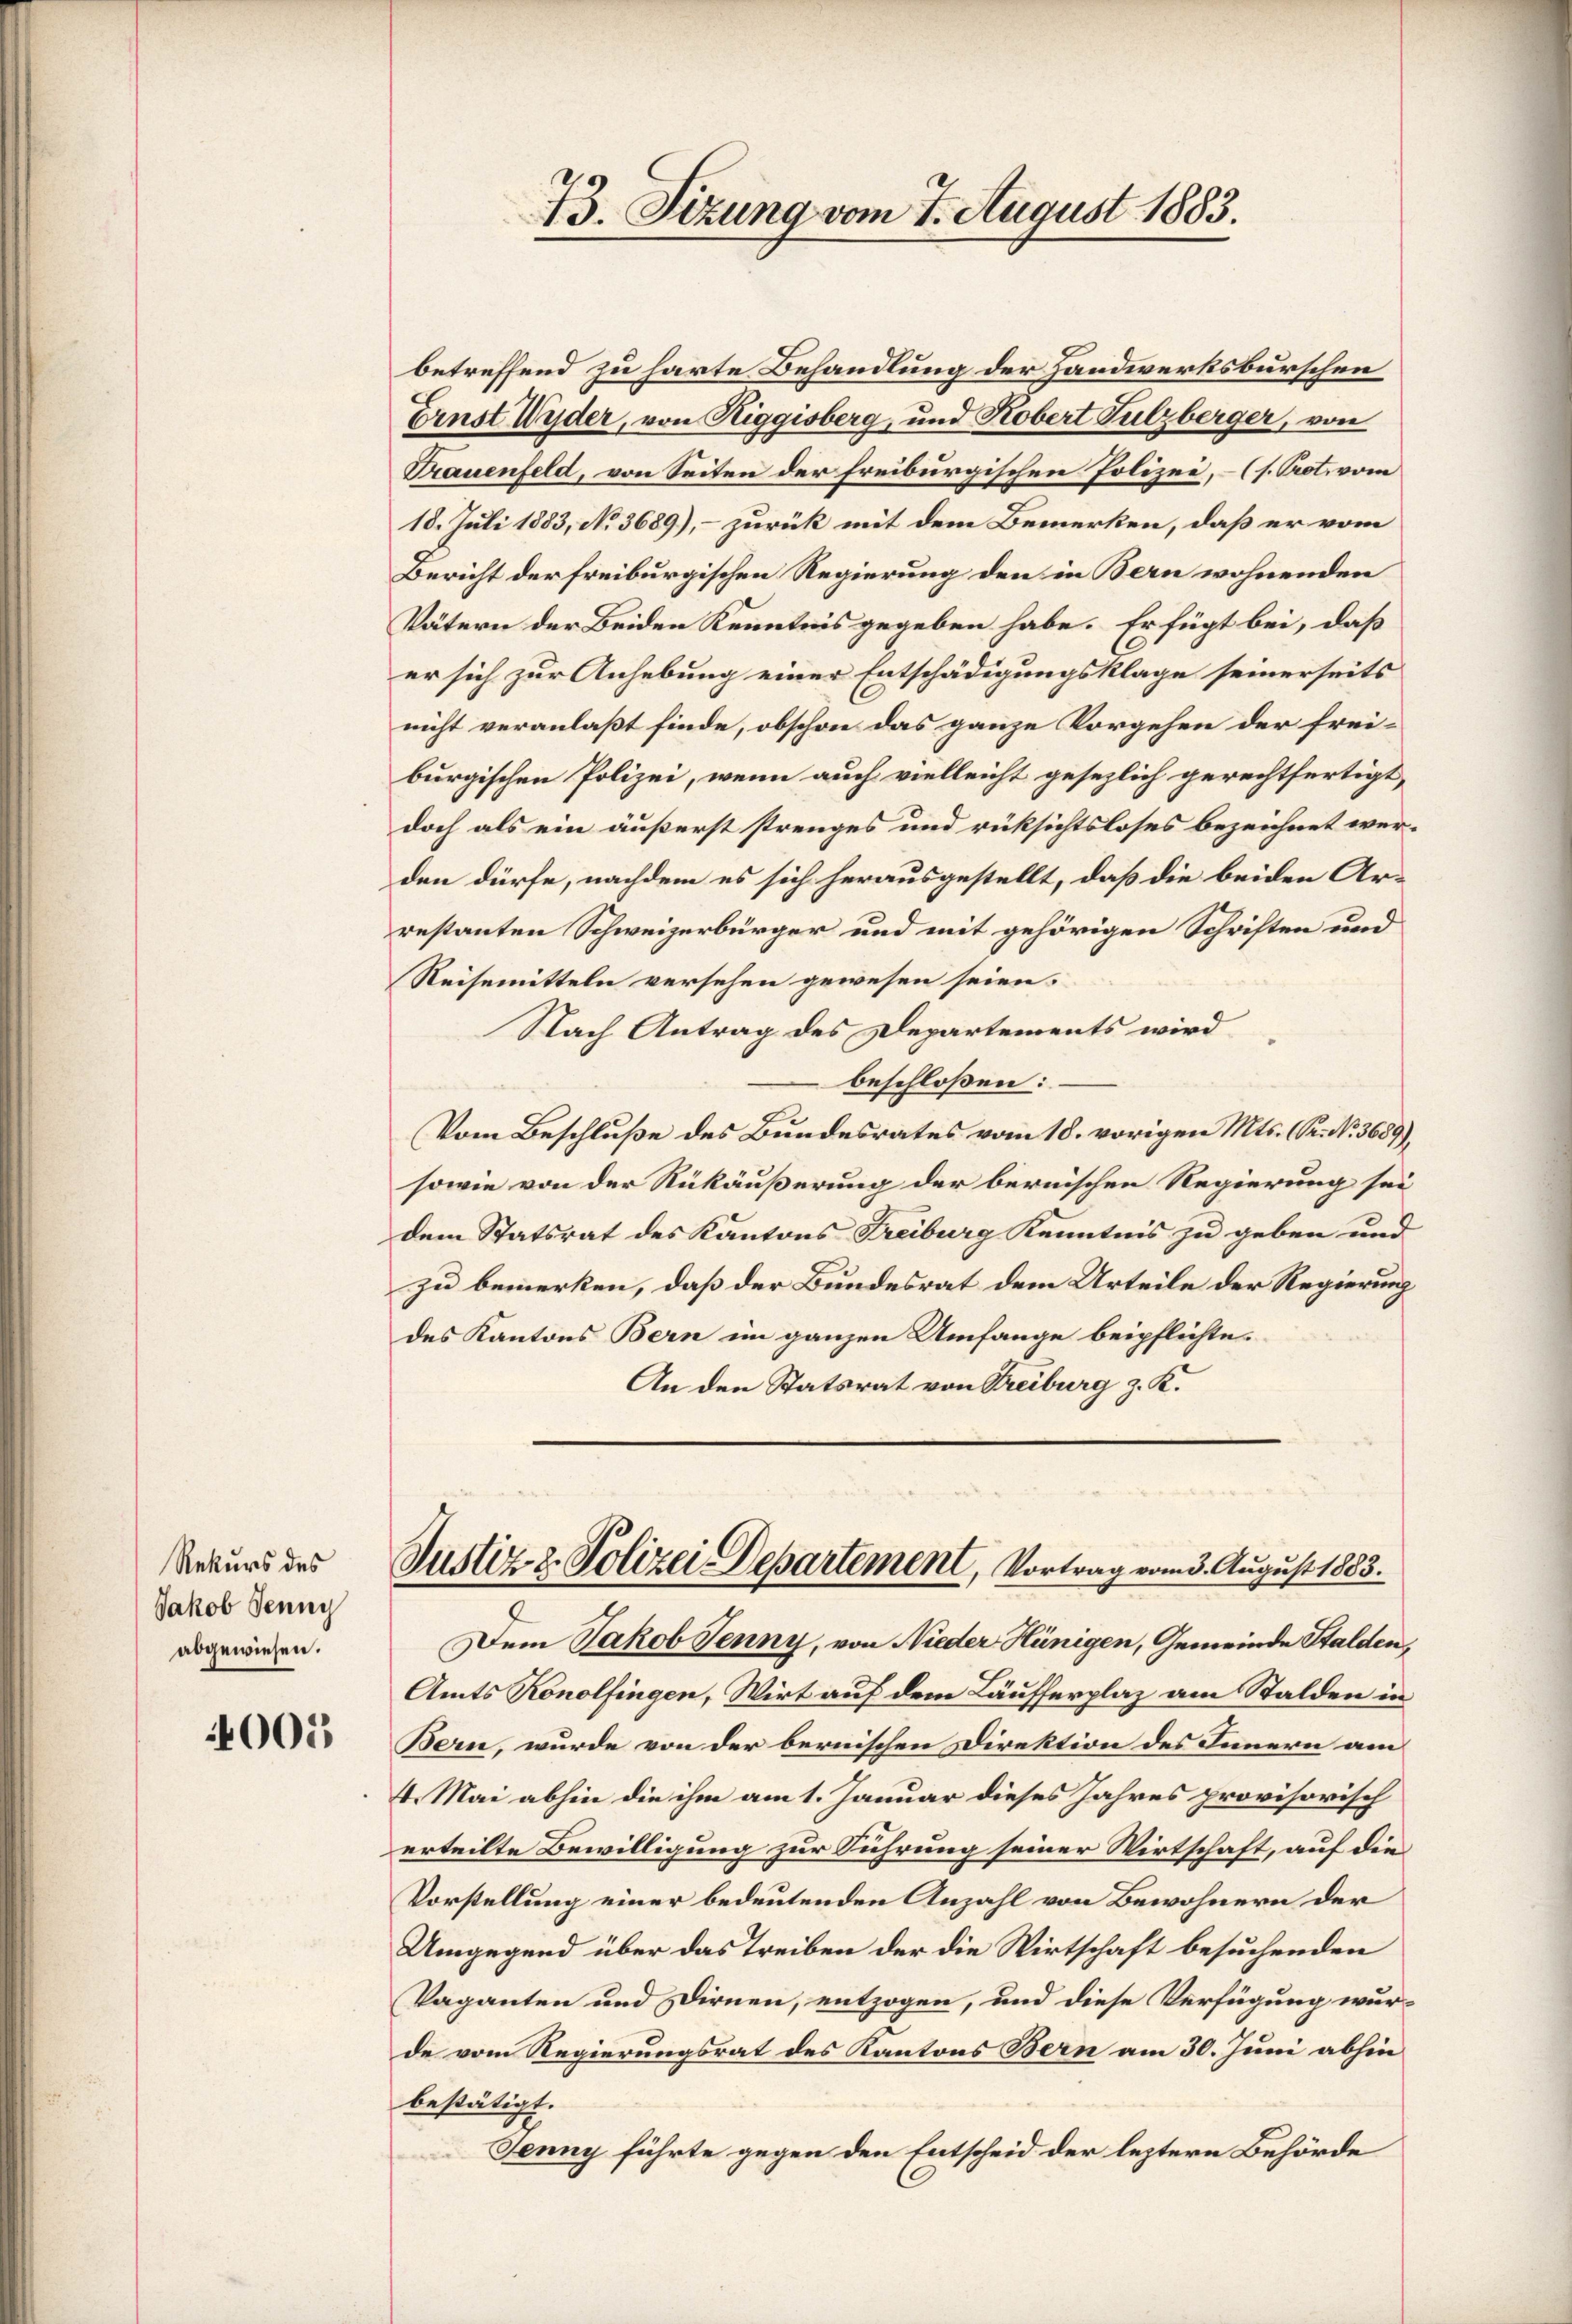
Rekurs des
Jakob Jenny
abgewiesen.

005

73. Sizung vom 7. August 1883.

betreffend zu harte Behandlung der Handwerksburschen
Ernst Wyder, von Riggisberg, und Kobert Sulzberger, von
Trauenfeld, von Seiten der freiburgischen Polizei, – (s. Prot. vom
18. Juli 1883, No 3689), – zurück mit dem Bemerken, daß er vom
Bericht der freiburgischen Regierung den in Bern wohnenden
Vätern der Beiden Kenntnis gegeben habe. Er fügt bei, daß
er sich zur Anhebung einer Entschädigungsklage seinerseits
nicht veranlaßt finde, obschon das ganze Vorgehen der freiburgischen Polizei, wenn auch vielleicht gesezlich gerechtfertigt,
doch als ein äußerst strenges und rüksichtsloses bezeichnet werden dürfe, nachdem es sich herausgestellt, daß die beiden Arrestanten Schweizerbürger und mit gehörigen Schriften und
Reisemitteln versehen gewesen seien.
Nach Antrag des Departements wird
beschloßen:
Vom Beschluße des Bundesrates vom 18. vorigen Mts. (r. No. 3689),
sowie von der Rükäußerung der bernischen Regierung sei
dem Statsrat des Kantons Freiburg Kenntnis zu geben und
zu bemerken, daß der Bundesrat dem Urteile der Regierung
des Kantons Bern im ganzen Umfange beipflichte.
An den Statsrat von Treiburg z. K.
Justiz- & Polizei Departement, Vortrag vom 3. August 1883.
Dem Jakob Jenny, von Nieder Hünigen, Gemeinde Stalden,
Amts Konolfingen, Wirt auf dem Läufferplaz am Stalden in
Bern, wurde von der bernischen Direktion des Innern am
4. Mai abhin die ihm am 1. Januar dieses Jahres provisorisch
erteilte Bewilligung zur Führung seiner Wirtschaft, auf die
Vorstellung einer bedeutenden Anzahl von Bewohnern der
Umgegend über das Treiben der die Wirtschaft besuchenden
Vaganten und Dirnen, entzogen, und diese Verfügung wurde vom Regierungsrat des Kantons Bern am 30. Juni abhin
bestätigt.
Jenny führte gegen den Entscheid der leztere Behörde